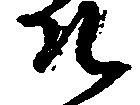
そ